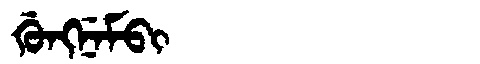
Manchu: ᡤᡠᠩᠨᡝᠮᠪᡳ
Romanization: GUNGNEMBI